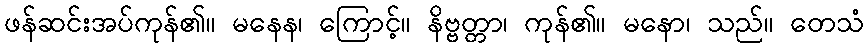
ဖန်ဆင်းအပ်ကုန်၏။ မနေန၊ ကြောင့်။ နိဗ္ဗတ္တာ၊ ကုန်၏။ မနော၊ သည်။ တေသံ